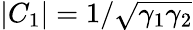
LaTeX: |C_{1}|=1/\sqrt{\gamma_{1}\gamma_{2}}